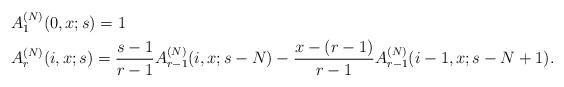
LaTeX: \begin{align*}\begin{aligned}&A_1^{(N)}(0,x;s)=1 \\&A_r^{(N)}(i,x;s)=\frac{s-1}{r-1}A_{r-1}^{(N)}(i,x;s-N)-\frac{x-(r-1)}{r-1}A_{r-1}^{(N)}(i-1,x;s-N+1).\end{aligned}\end{align*}